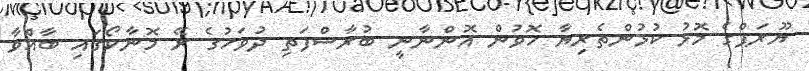
ޔޫރަޕްގެ މޮޅު ކުޅުންތެރިޔާ ހޮވުން އޮންނާނީ ބުރާސްފަތި ދުވަހުގެ ރޭ މޮނާކޯގައި ބާއްވާ